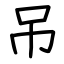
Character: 吊